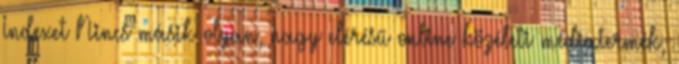
Indexet Nincs másik olyan, nagy elérésű online közéleti médiatermék,